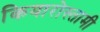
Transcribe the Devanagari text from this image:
कियारोस्तामी